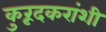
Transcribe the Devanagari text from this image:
कुरूंदकरांशी